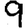
Digit: 9